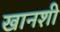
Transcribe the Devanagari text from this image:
खानशी